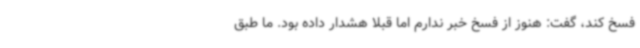
فسخ کند، گفت: هنوز از فسخ خبر ندارم اما قبلا هشدار داده بود. ما طبق